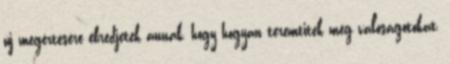
új megértésére ébredjetek annak, hogy hogyan teremtitek meg valóságotokat,